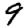
Digit: 9